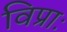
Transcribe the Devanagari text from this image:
विप्राः